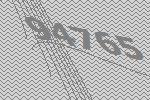
94765